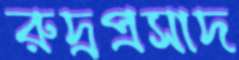
রুদ্রপ্রসাদ